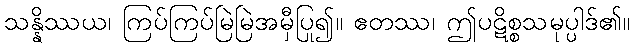
သန္နိဿယ၊ ကြပ်ကြပ်မြဲမြဲအမှီပြု၍။ ဧတဿ၊ ဤပဋိစ္စသမုပ္ပါဒ်၏။